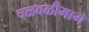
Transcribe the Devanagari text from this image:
चळवळीमागे